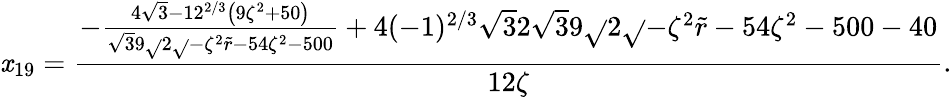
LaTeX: \mathit{x}_{19}=\frac{{-\frac{{4\sqrt{{3}}{{-1}}2^{2/3}\left(9\zeta^{2}+50\right)}}{{\sqrt{{3}}{{9\sqrt{}{{2}}\sqrt{}{{-\zeta^{2}\tilde{{r}}}}-54\zeta^{2}-500}}}}+4(-1)^{2/3}\sqrt{{3}}{{2}}\sqrt{{3}}{{9\sqrt{}{{2}}\sqrt{}{{-\zeta^{2}\tilde{{r}}}}-54\zeta^{2}-500}}-40}}{{12\zeta}}.